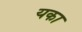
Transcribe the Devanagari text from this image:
यका